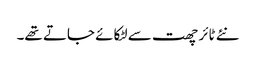
نئے ٹائر چھت سے لٹکائے جاتے تھے۔